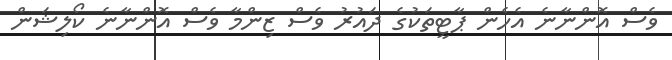
ވެސް އޮންނާނެ އެހެން ޕާޓީތަކުގެ ދައުރު ވެސް ޒިންމާ ވެސް އޮންނާާނެ ކޯލިޝަން